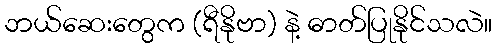
ဘယ်ဆေးတွေက (ရီနိုဗာ) နဲ့ ဓာတ်ပြုနိုင်သလဲ။